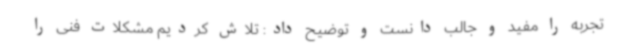
تجربه را مفید و جالب دانست و توضیح داد: تلاش کردیم مشکلات فنی را